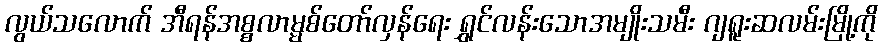
လွယ်သလောက် အီရန်အစ္စလာမ္မစ်တော်လှန်ရေး ရွှင်လန်းသောအမျိုးသမီး ဂျရူးဆလမ်းမြို့ကို